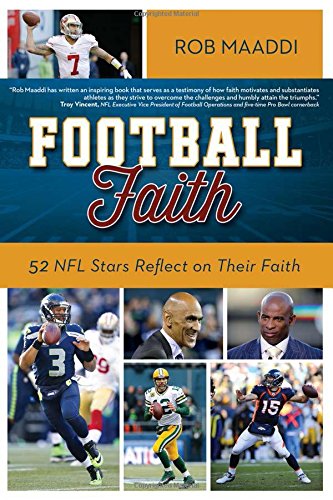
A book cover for Football Faith: 52 NFL Stars Reflect on Their Faith; Rob Maaddi; Sports & Outdoors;